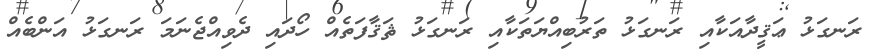
ރަނގަޅު ޢަޤީދާއަކާއި ރަނގަޅު ތަރުބިއްޔަތަކާއި ރަނގަޅު ޘަޤާފަތެއް ހޯދައި ދެވިއްޖެނަމަ ރަނގަޅު އަންބެއް